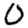
Digit: 0